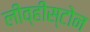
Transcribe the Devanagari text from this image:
लीव्हीस्टोन